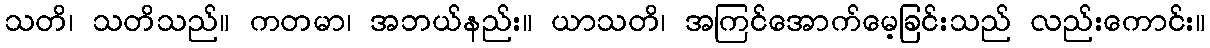
သတိ၊ သတိသည်။ ကတမာ၊ အဘယ်နည်း။ ယာသတိ၊ အကြင်အောက်မေ့ခြင်းသည် လည်းကောင်း။